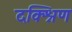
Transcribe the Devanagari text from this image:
दक्श्निण